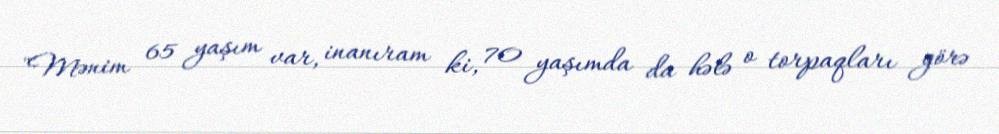
"Mənim 65 yaşım var, inanıram ki, 70 yaşımda da hələ o torpaqları görə